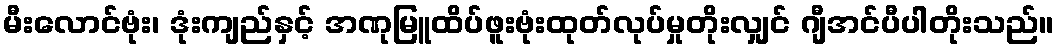
မီးလောင်ဗုံး၊ ဒုံးကျည်နှင့် အဏုမြူထိပ်ဖူးဗုံးထုတ်လုပ်မှုတိုးလျှင် ဂျီအင်ပီပါတိုးသည်။